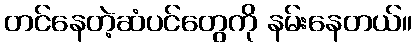
တင်နေတဲ့ဆံပင်တွေကို နမ်းနေတယ်။